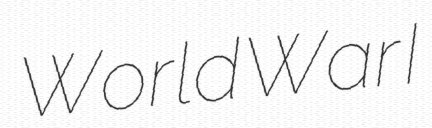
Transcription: World War I